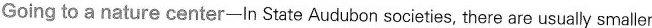
Going to a nature center-ln State Audubon societies, there are usually smaler